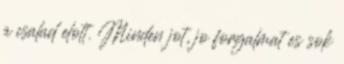
a csalad elott. Minden jot, jo forgalmat es sok